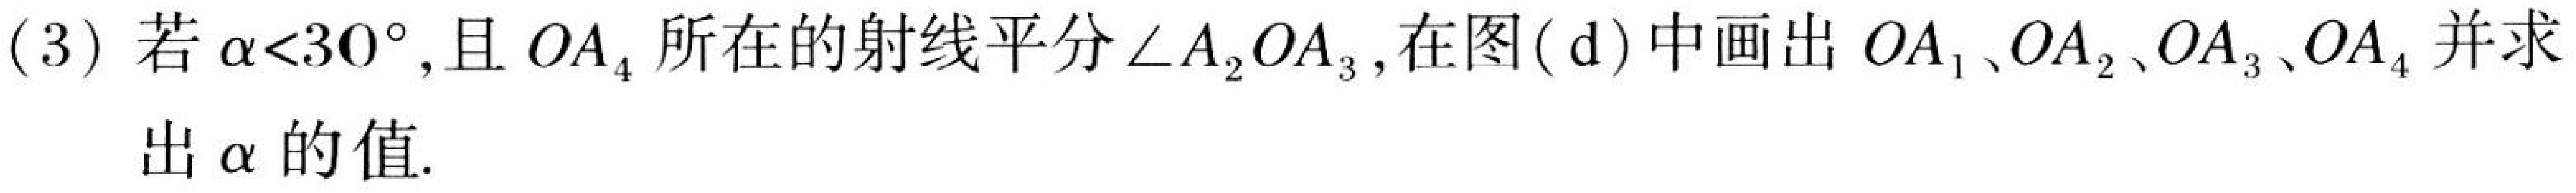
(3) 若\(\alpha<30^{\circ}\)，且 \(OA_{4}\) 所在的射线平分\(\angle A_{2}OA_{3}\)，在图(d)中画出 \(OA_{1}\)、\(OA_{2}\)、\(OA_{3}\)、\(OA_{4}\) 并求出 \(\alpha\) 的值.